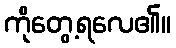
ကိုတွေ့ရလေ၏။